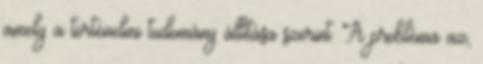
amely a történelmi tudomány állítása szerint. A probléma az,